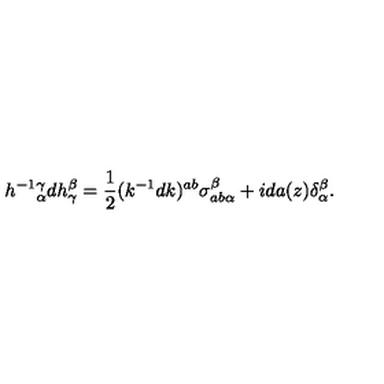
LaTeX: h ^ { - 1 } { } _ { \alpha } ^ { \gamma } d h _ { \gamma } ^ { \beta } = { \frac { 1 } { 2 } } ( k ^ { - 1 } d k ) ^ { a b } \sigma _ { a b \alpha } ^ { \beta } + i d a ( z ) \delta _ { \alpha } ^ { \beta } .